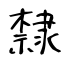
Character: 隸